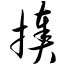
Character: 揍